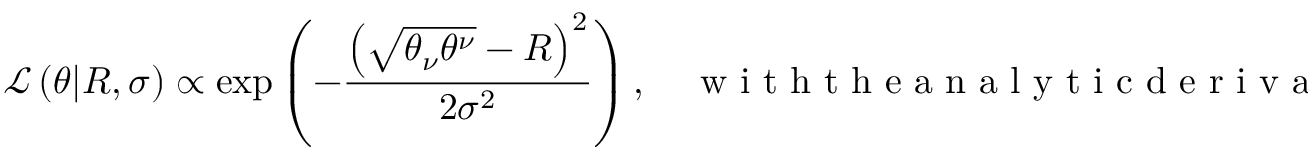
\mathcal { L } \left( \theta | R , \sigma \right) \propto \exp \left( - \frac { \left( \sqrt { \theta _ { \nu } \theta ^ { \nu } } - R \right) ^ { 2 } } { 2 \sigma ^ { 2 } } \right) , \quad \mathrm { ~ w ~ i ~ t ~ h ~ t ~ h ~ e ~ a ~ n ~ a ~ l ~ y ~ t ~ i ~ c ~ d ~ e ~ r ~ i ~ v ~ a ~ t ~ i ~ v ~ e ~ } \quad \frac { \partial } { \partial \theta ^ { \mu } } \left( - \ln \mathcal { L } \left( \theta | R , \sigma \right) \right) = \frac { \sqrt { \theta _ { \nu } \theta ^ { \nu } } - R } { \sqrt { \theta _ { \rho } \theta ^ { \rho } } \sigma ^ { 2 } } \theta _ { \mu } .